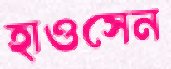
হাওসেন